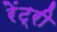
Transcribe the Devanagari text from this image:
रेंट्री